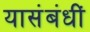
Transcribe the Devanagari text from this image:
यासंबंधीं